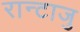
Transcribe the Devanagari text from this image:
रान्टाजु